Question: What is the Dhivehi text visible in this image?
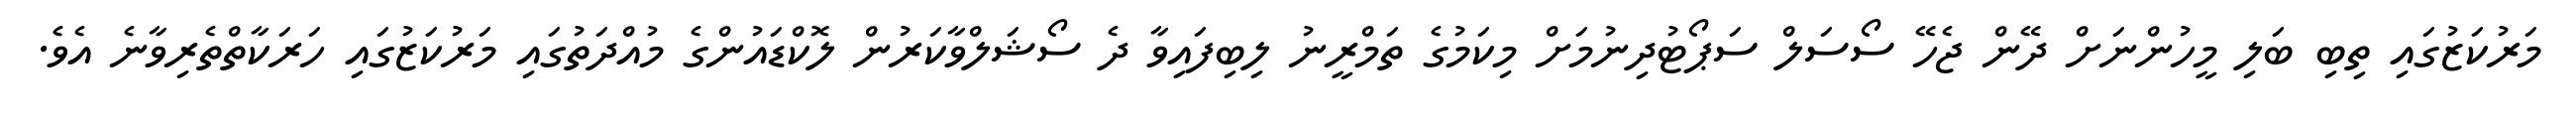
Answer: މަރުކަޒުގައި ތިބި ބަލި މީހުންނަށް ދޭން ޖެހޭ ސޯސަލް ސަޕޯޓުދިނުމަށް މިކަމުގެ ތަމްރީނު ލިބިފައިވާ ދެ ސޯޝަލްވާކަރުން ލޮކްޑައުންގެ މުއްދަތުގައި މަރުކަޒުގައި ހަރަކާތްތެރިވާނެ އެވެ.